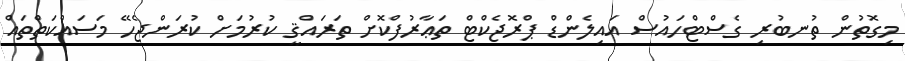
މިގޮތުން ތުނބުރި ގެސްޓްހައުސް އައިލެންޑް ޕްރޮޖެކްޓް ތަޢާރުފްކޮށް ތަރައްޤީ ކުރުމަށް ކުރަންޖެހޭ މަސައްކަތްތައް